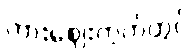
ကားဈေးကွက်တွင်